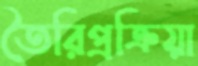
তৈরিপ্রক্রিয়া